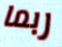
ربما